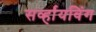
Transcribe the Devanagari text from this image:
सर्व्हायविंग